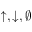
\uparrow , \downarrow , \emptyset